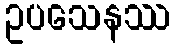
ဥပသေနဿ